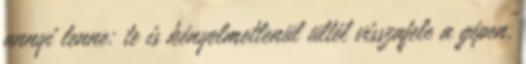
annyi lenne: te is kényelmetlenül ültél visszafele a gépen,